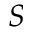
S